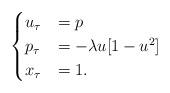
LaTeX: \begin{align*}\begin{cases} u_{\tau}&= p\\p_{\tau}&=-\lambda u[1-u^2]\\x_\tau&=1.\end{cases}\end{align*}